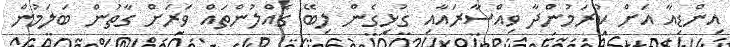
އިންޑިއާ އަށް ކުރަމުންދާ ވިއްސާރައާއި ގުޅިގެން ލިބޭ ގެއްލުންތައް ވަރަށް ގާތުން ބަލަމުން